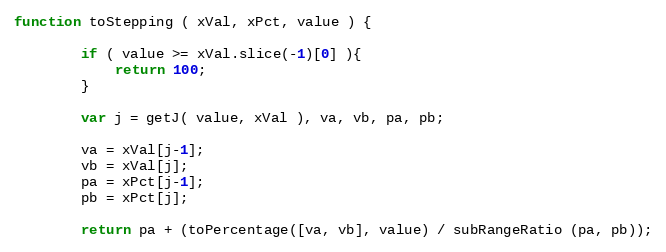
Language: JavaScript
function toStepping ( xVal, xPct, value ) {

        if ( value >= xVal.slice(-1)[0] ){
            return 100;
        }

        var j = getJ( value, xVal ), va, vb, pa, pb;

        va = xVal[j-1];
        vb = xVal[j];
        pa = xPct[j-1];
        pb = xPct[j];

        return pa + (toPercentage([va, vb], value) / subRangeRatio (pa, pb));